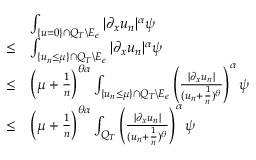
\begin{array} { r l } & { \int _ { \{ u = 0 \} \cap Q _ { T } \backslash E _ { \epsilon } } | \partial _ { x } u _ { n } | ^ { \alpha } \psi } \\ { \leq } & { \int _ { \{ u _ { n } \leq \mu \} \cap Q _ { T } \backslash E _ { \epsilon } } | \partial _ { x } u _ { n } | ^ { \alpha } \psi } \\ { \leq } & { \left( \mu + \frac { 1 } { n } \right) ^ { \theta \alpha } \int _ { \{ u _ { n } \leq \mu \} \cap Q _ { T } \backslash E _ { \epsilon } } \left( \frac { | \partial _ { x } u _ { n } | } { ( u _ { n } + \frac { 1 } { n } ) ^ { \theta } } \right) ^ { \alpha } \psi } \\ { \leq } & { \left( \mu + \frac { 1 } { n } \right) ^ { \theta \alpha } \int _ { Q _ { T } } \left( \frac { | \partial _ { x } u _ { n } | } { ( u _ { n } + \frac { 1 } { n } ) ^ { \theta } } \right) ^ { \alpha } \psi } \end{array}